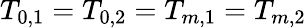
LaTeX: T_{0,1}=T_{0,2}=T_{m,1}=T_{m,2}